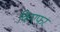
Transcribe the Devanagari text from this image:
किएफर